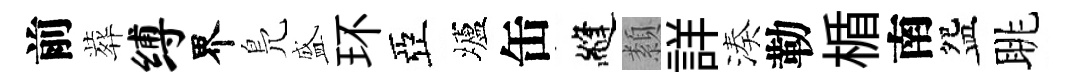
前葬缚界鳬盛环亞壚缶縫纇詳湊勒楯南盌眺